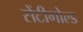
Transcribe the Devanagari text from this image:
सेंटीगोल्ड